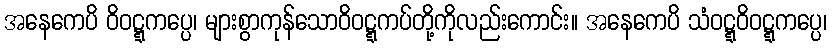
အနေကေပိ ဝိဝဋ္ဋကပ္ပေ၊ များစွာကုန်သောဝိဝဋ္ဋကပ်တို့ကိုလည်းကောင်း။ အနေကေပိ သံဝဋ္ဋဝိဝဋ္ဋကပ္ပေ၊